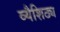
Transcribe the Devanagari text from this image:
व्यैशिठ्य